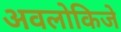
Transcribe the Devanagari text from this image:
अवलोकिजे